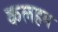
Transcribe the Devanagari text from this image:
कलहम